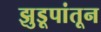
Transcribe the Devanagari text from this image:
झुडूपांतून